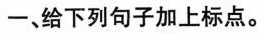
一、给下列句子加上标点。